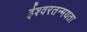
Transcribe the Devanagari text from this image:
ईश्वरतन्मयता